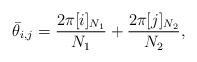
LaTeX: \begin{align*} \bar{\theta}_{i,j} = \frac{2\pi [i]_{N_1}}{N_1} + \frac{2\pi [j]_{N_2}}{N_2},\end{align*}